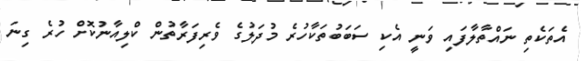
އެތަކެތި ނައްތާލާފައި ވަނީ އެކި ސަބަބުތަކާހުރެ މުދަލުގެ ވެރިފަރާތުން ކްލިއާނުކޮށް ހުރެ ގިނަ